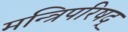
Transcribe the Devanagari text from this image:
मन्त्रिपरिषद्‍